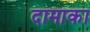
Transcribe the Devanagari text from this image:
दामाका